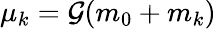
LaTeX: \mu_{k}=\mathcal{G}(m_{0}+m_{k})